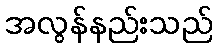
အလွန်နည်းသည်